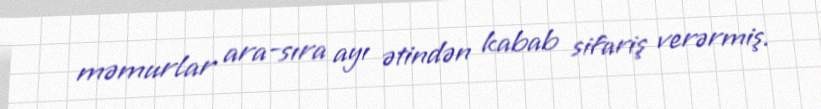
məmurlar ara-sıra ayı ətindən kabab sifariş verərmiş.